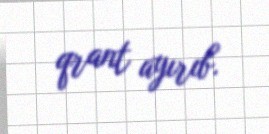
qrant ayırıb.